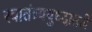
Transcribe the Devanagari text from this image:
स्वातंत्र्ययुध्दातले